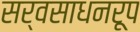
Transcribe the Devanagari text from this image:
सर्वसाधनरूप